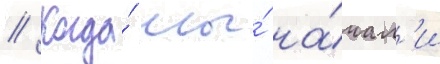
// Когда́ мы́ на́чал'и